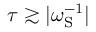
\tau \gtrsim | \omega _ { \mathrm { S } } ^ { - 1 } |